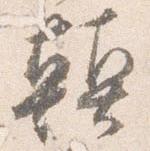
顛